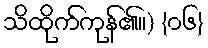
သိထိုက်ကုန်၏။) {၀၆}